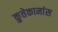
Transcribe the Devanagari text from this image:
कुत्तेकामांस